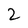
Character: 2